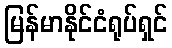
မြန်မာနိုင်ငံရုပ်ရှင်